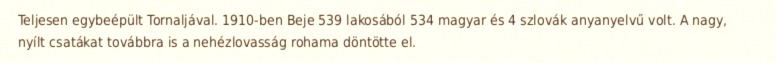
Teljesen egybeépült Tornaljával. 1910-ben Beje 539 lakosából 534 magyar és 4 szlovák anyanyelvű volt. A nagy, nyílt csatákat továbbra is a nehézlovasság rohama döntötte el.